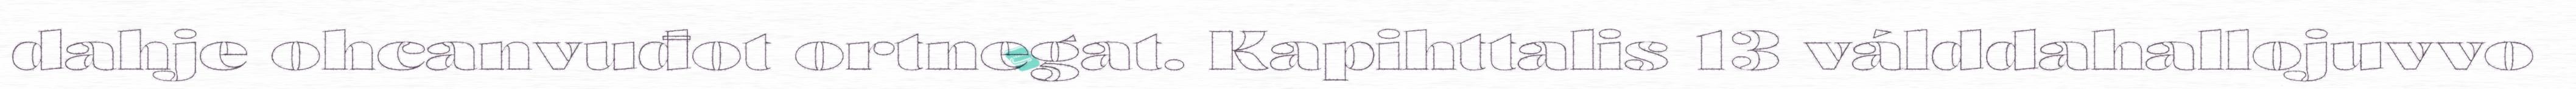
dahje ohcanvuđot ortnegat. Kapihttalis 13 válddahallojuvvo